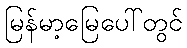
မြန်မာ့မြေပေါ်တွင်